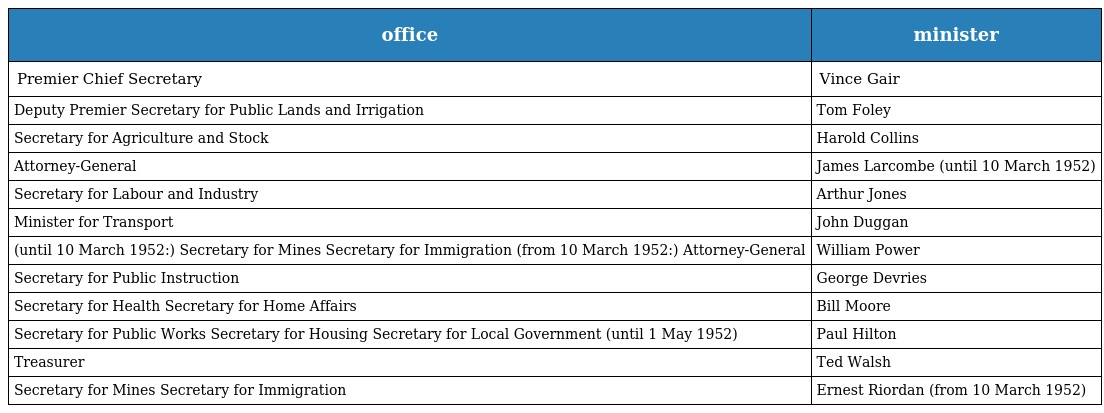
| office | minister |
 | --- | --- |
 | Premier Chief Secretary | Vince Gair |
 | Deputy Premier Secretary for Public Lands and Irrigation | Tom Foley |
 | Secretary for Agriculture and Stock | Harold Collins |
 | Attorney-General | James Larcombe (until 10 March 1952) |
 | Secretary for Labour and Industry | Arthur Jones |
 | Minister for Transport | John Duggan |
 | (until 10 March 1952:) Secretary for Mines Secretary for Immigration (from 10 March 1952:) Attorney-General | William Power |
 | Secretary for Public Instruction | George Devries |
 | Secretary for Health Secretary for Home Affairs | Bill Moore |
 | Secretary for Public Works Secretary for Housing Secretary for Local Government (until 1 May 1952) | Paul Hilton |
 | Treasurer | Ted Walsh |
 | Secretary for Mines Secretary for Immigration | Ernest Riordan (from 10 March 1952) |